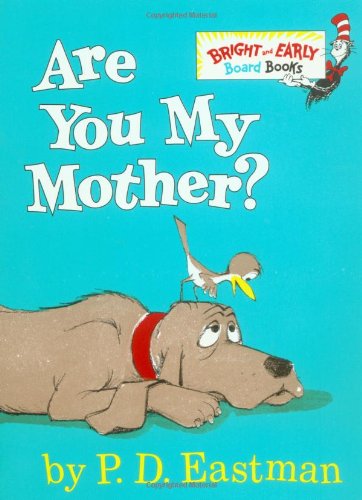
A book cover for Are You My Mother? (Bright & Early Board Books(TM)); P.D. Eastman; Children's Books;